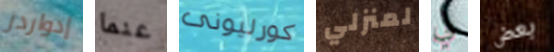
إدواردز عنما كورليونى لمنزلي لي بعض